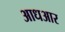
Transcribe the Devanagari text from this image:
आधआर